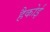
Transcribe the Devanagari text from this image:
हैकोई